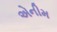
એનીમ